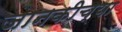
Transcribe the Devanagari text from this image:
जानकीच्या